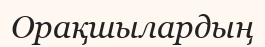
Орақшылардың